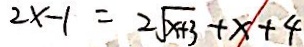
2 x - 1 = 2 \sqrt { x + 3 } + x + 4